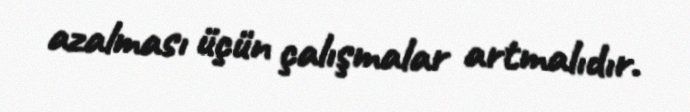
azalması üçün çalışmalar artmalıdır.